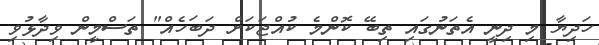
ހަދިޔާ މި ދިނީ އެތަނުގައި ތިބޭ ކޮންމެ ކުއްޖަކަށް ދަބަހެއް" ތަސްމީން ވިދާޅުވި